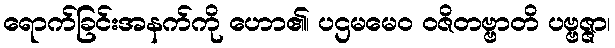
ရောက်ခြင်းအနက်ကို ဟော၏၊ ပဌမမေဝ ဝဇိတဗ္ဗာတိ ပဗ္ဗဇ္ဇာ၊